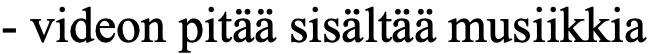
- videon pitää sisältää musiikkia